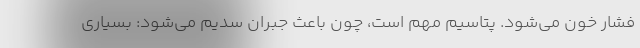
فشار خون می‌شود. پتاسیم مهم است، چون باعث جبران سدیم می‌شود: بسیاری